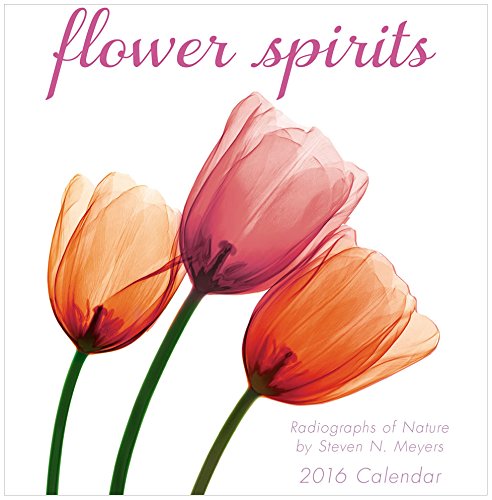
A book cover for Flower Spirits 2016 Mini Calendar; Steven N. Meyers; Calendars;